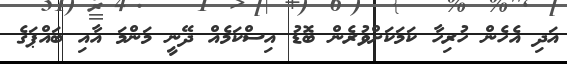
އަދި އެހެން ހުރިހާ ކަމަކަށްވުރެން ބޮޑު އިސްކަމެއް ދޭނީ މަންމަ އާއި ބައްޕަގެ